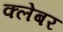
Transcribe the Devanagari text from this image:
क्लेबर